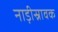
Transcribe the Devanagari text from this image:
नाड़ीस्रावक